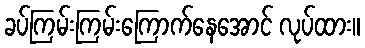
ခပ်ကြမ်းကြမ်းကြောက်နေအောင် လုပ်ထား။